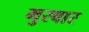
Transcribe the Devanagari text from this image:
मुरवार